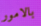
بالامور